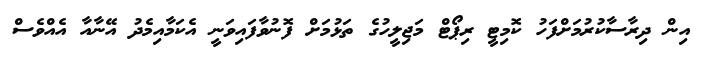
އިން ދިރާސާކުރުމަށްފަހު ކޮމިޓީ ރިޕޯޓް މަޖިލީހުގެ ތަޅުމަށް ފޮނުވާފައިވަނީ އެކަމާއިމެދު އޭނާއާ އެއްވެސް